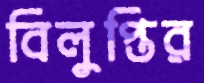
বিলুপ্তির